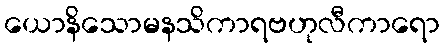
ယောနိသောမနသိကာရဗဟုလီကာရော